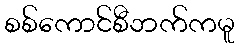
စစ်ကောင်စီဘက်ကမူ